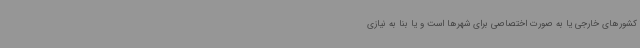
کشورهای خارجی یا به صورت اختصاصی برای شهرها است و یا بنا به نیازی